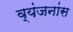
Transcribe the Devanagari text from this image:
व्यंजनांस